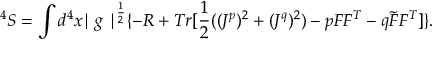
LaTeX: ^ 4 S = \int d ^ { 4 } x { \mid g \mid } ^ { \frac { 1 } { 2 } } \{ - R + T r [ \frac { 1 } { 2 } ( ( J ^ { p } ) ^ { 2 } + ( J ^ { q } ) ^ { 2 } ) - p F F ^ { T } - q \tilde { F } F ^ { T } ] \} .